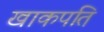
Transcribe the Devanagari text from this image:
खाकपति